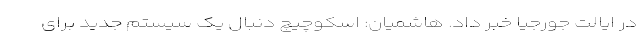
در ایالت جورجیا خبر داد. هاشمیان: اسکوچیچ دنبال یک سیستم جدید برای